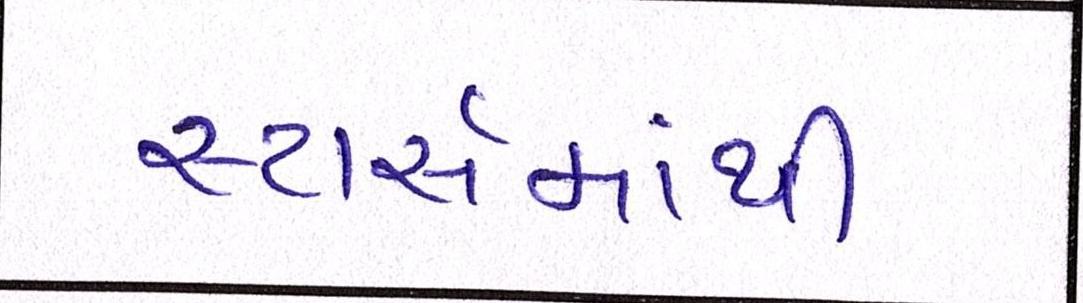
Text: સ્ટાર્સમાંથી